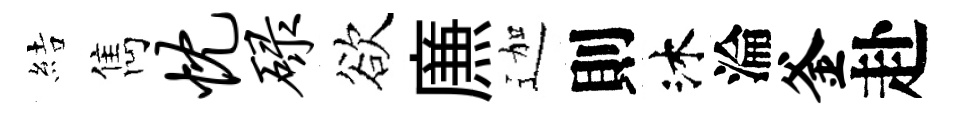
結雋忱碌欲㢘迦則沐淪釜赴